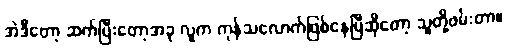
အဲဒီတော့ ဆက်ပြီးတော့အခု လူက ကုန်သလောက်ဖြစ်နေပြီဆိုတော့ သူတို့ဖမ်းတာ။